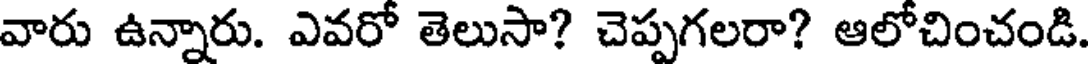
వారు ఉన్నారు. ఎవరో తెలుసా? చెప్పగలరా? ఆలోచించండి.